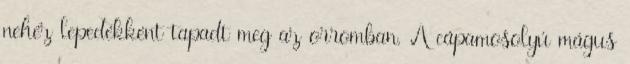
nehéz lepedékként tapadt meg az orromban. A cápamosolyú mágus